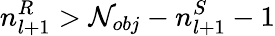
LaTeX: n_{l+1}^{R}>\mathcal{N}_{obj}-n_{l+1}^{S}-1